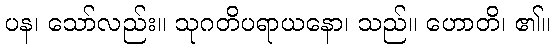
ပန၊ သော်လည်း။ သုဂတိပရာယနော၊ သည်။ ဟောတိ၊ ၏။